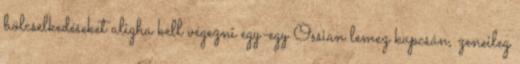
bölcselkedéseket aligha kell végezni egy-egy Ossian lemez kapcsán, zeneileg